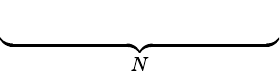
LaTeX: \underbrace{\phantom{i\alpha\mathcal{U}-Re^{-1}\left(D^{2}-R^{2}\right)}}_{N}